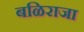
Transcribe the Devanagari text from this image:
बळिराजा